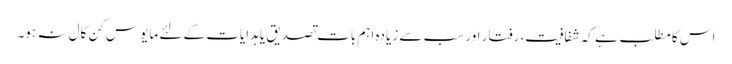
اس کا مطلب ہے کہ شفافیت، رفتار اور سب سے زیادہ اہم بات تصدیق یا ہدایات کے لئے مایوس کن کال نہ ہو۔